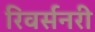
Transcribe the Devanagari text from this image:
रिवर्सनरी